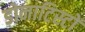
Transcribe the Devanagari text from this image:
डोनाटिस्टों